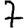
Digit: 7